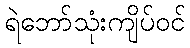
ရဲဘော်သုံးကျိပ်ဝင်